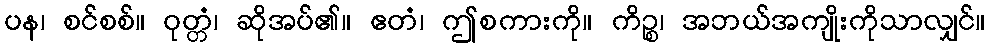
ပန၊ စင်စစ်။ ဝုတ္တံ၊ ဆိုအပ်၏။ ဧတံ၊ ဤစကားကို။ ကိဉ္စ၊ အဘယ်အကျိုးကိုသာလျှင်။